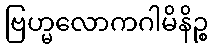
ဗြဟ္မလောကဂါမိနိဉ္စ